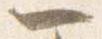
一